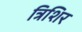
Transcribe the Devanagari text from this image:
त्रिशिर